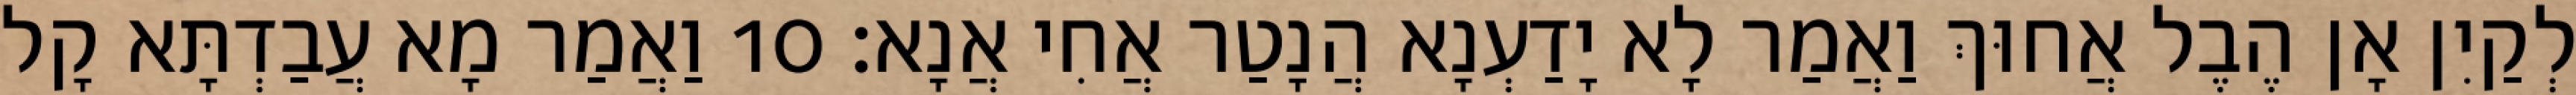
לְקַיִן אָן הֶבֶל אֲחוּךְ וַאֲמַר לָא יָדַעְנָא הֲנָטַר אֲחִי אֲנָא׃ 10 וַאֲמַר מָא עֲבַדְתָּא קָל